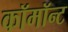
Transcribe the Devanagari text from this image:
कॉमॉन्ट